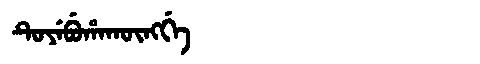
Manchu: ᡨᡠᠶᡝᠪᡠᡥᠠᡴᡡᠩᡤᡝ
Romanization: TUYEBUHAKŪNGGE